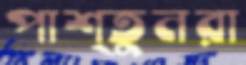
পাশ্তুনরা